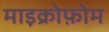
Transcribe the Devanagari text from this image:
माइक्रोफ़ोम